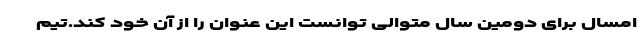
امسال برای دومین سال متوالی توانست این عنوان را از آن خود کند.تیم